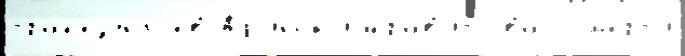
трап'езундцев Аф'инск'ийправ'ить вас см'е́рт'и